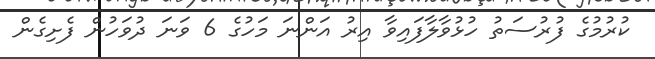
ކުރުމުގެ ފުރުސަތު ހުޅުވާލާފައިވާ އިރު އަންނަ މަހުގެ 6 ވަނަ ދުވަހުން ފެށިގެން